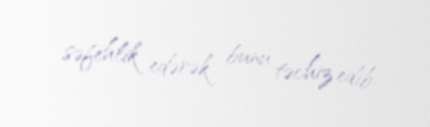
səfehlik edərək bunu təchiz edib.